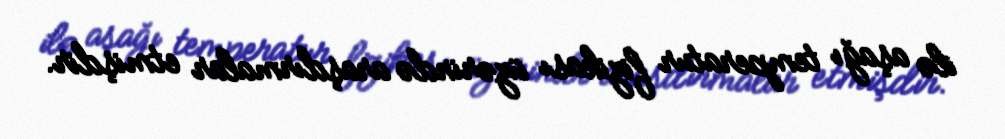
ilə aşağı temperatur fizikası üzərində araşdırmalar etmişdir.